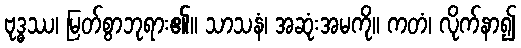
ဗုဒ္ဓဿ၊ မြတ်စွာဘုရား၏။ သာသနံ၊ အဆုံးအမကို။ ကတံ၊ လိုက်နာ၍